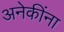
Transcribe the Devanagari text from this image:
अनेकींना